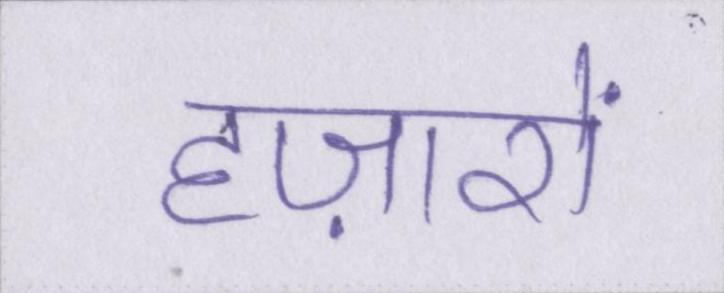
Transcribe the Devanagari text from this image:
हज़ारों